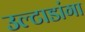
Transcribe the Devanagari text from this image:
उल्टाडांगा